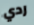
ردي